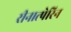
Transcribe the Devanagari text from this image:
रीनात्पेरिन